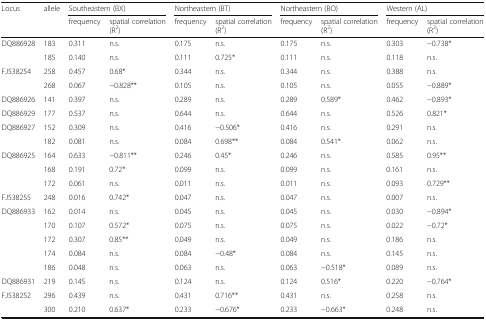
<table><thead><tr><td rowspan="2"><b>Locus</b></td><td rowspan="2"><b>allele</b></td><td colspan="2"><b>Southeastern (BX)</b></td><td colspan="2"><b>Northeastern (BT)</b></td><td colspan="2"><b>Northeastern (BO)</b></td><td colspan="2"><b>Western (AL)</b></td></tr><tr><td><b>frequency</b></td><td><b>spatial correlation (R<sup>2</sup>)</b></td><td><b>frequency</b></td><td><b>spatial correlation (R<sup>2</sup>)</b></td><td><b>frequency</b></td><td><b>spatial correlation (R<sup>2</sup>)</b></td><td><b>frequency</b></td><td><b>spatial correlation (R<sup>2</sup>)</b></td></tr></thead><tbody><tr><td rowspan="2">DQ886928</td><td>183</td><td>0.311</td><td>n.s.</td><td>0.175</td><td>n.s.</td><td>0.175</td><td>n.s.</td><td>0.303</td><td>−0.738*</td></tr><tr><td>185</td><td>0.140</td><td>n.s.</td><td>0.111</td><td>0.725*</td><td>0.111</td><td>n.s.</td><td>0.118</td><td>n.s.</td></tr><tr><td rowspan="2">FJ538254</td><td>258</td><td>0.457</td><td>0.68*</td><td>0.344</td><td>n.s.</td><td>0.344</td><td>n.s.</td><td>0.388</td><td>n.s.</td></tr><tr><td>268</td><td>0.067</td><td>−0.828**</td><td>0.105</td><td>n.s.</td><td>0.105</td><td>n.s.</td><td>0.055</td><td>−0.889*</td></tr><tr><td>DQ886926</td><td>141</td><td>0.397</td><td>n.s.</td><td>0.289</td><td>n.s.</td><td>0.289</td><td>0.589*</td><td>0.462</td><td>−0.893*</td></tr><tr><td>DQ886929</td><td>177</td><td>0.537</td><td>n.s.</td><td>0.644</td><td>n.s.</td><td>0.644</td><td>n.s.</td><td>0.526</td><td>0.821*</td></tr><tr><td rowspan="2">DQ886927</td><td>152</td><td>0.309</td><td>n.s.</td><td>0.416</td><td>−0.506*</td><td>0.416</td><td>n.s.</td><td>0.291</td><td>n.s.</td></tr><tr><td>182</td><td>0.081</td><td>n.s.</td><td>0.084</td><td>0.698**</td><td>0.084</td><td>0.541*</td><td>0.062</td><td>n.s.</td></tr><tr><td rowspan="3">DQ886925</td><td>164</td><td>0.633</td><td>−0.811**</td><td>0.246</td><td>0.45*</td><td>0.246</td><td>n.s.</td><td>0.585</td><td>0.95**</td></tr><tr><td>168</td><td>0.191</td><td>0.72*</td><td>0.099</td><td>n.s.</td><td>0.099</td><td>n.s.</td><td>0.161</td><td>n.s.</td></tr><tr><td>172</td><td>0.061</td><td>n.s.</td><td>0.011</td><td>n.s.</td><td>0.011</td><td>n.s.</td><td>0.093</td><td>0.729**</td></tr><tr><td>FJ538255</td><td>248</td><td>0.016</td><td>0.742*</td><td>0.047</td><td>n.s.</td><td>0.047</td><td>n.s.</td><td>0.007</td><td>n.s.</td></tr><tr><td rowspan="5">DQ886933</td><td>162</td><td>0.014</td><td>n.s.</td><td>0.045</td><td>n.s.</td><td>0.045</td><td>n.s.</td><td>0.030</td><td>−0.894*</td></tr><tr><td>170</td><td>0.107</td><td>0.572*</td><td>0.075</td><td>n.s.</td><td>0.075</td><td>n.s.</td><td>0.022</td><td>−0.72*</td></tr><tr><td>172</td><td>0.307</td><td>0.85**</td><td>0.049</td><td>n.s.</td><td>0.049</td><td>n.s.</td><td>0.186</td><td>n.s.</td></tr><tr><td>174</td><td>0.084</td><td>n.s.</td><td>0.084</td><td>−0.48*</td><td>0.084</td><td>n.s.</td><td>0.145</td><td>n.s.</td></tr><tr><td>186</td><td>0.048</td><td>n.s.</td><td>0.063</td><td>n.s.</td><td>0.063</td><td>−0.518*</td><td>0.089</td><td>n.s.</td></tr><tr><td>DQ886931</td><td>219</td><td>0.145</td><td>n.s.</td><td>0.124</td><td>n.s.</td><td>0.124</td><td>0.516*</td><td>0.220</td><td>−0.764*</td></tr><tr><td rowspan="2">FJ538252</td><td>296</td><td>0.439</td><td>n.s.</td><td>0.431</td><td>0.716**</td><td>0.431</td><td>n.s.</td><td>0.258</td><td>n.s.</td></tr><tr><td>300</td><td>0.210</td><td>0.637*</td><td>0.233</td><td>−0.676*</td><td>0.233</td><td>−0.663*</td><td>0.248</td><td>n.s.</td></tr></tbody></table>